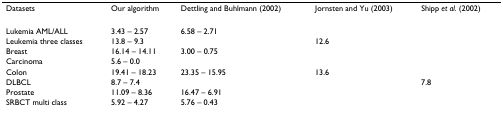
<table><thead><tr><td><b>Datasets</b></td><td><b>Our algorithm</b></td><td><b>Dettling and Buhlmann (2002)</b></td><td><b>Jornsten and Yu (2003)</b></td><td><b>Shipp <i>et al. </i>(2002)</b></td></tr></thead><tbody><tr><td>Lukemia AML/ALL</td><td>3.43 – 2.57</td><td>6.58 – 2.71</td><td></td><td></td></tr><tr><td>Leukemia three classes</td><td>13.8 – 9.3</td><td></td><td>12.6</td><td></td></tr><tr><td>Breast</td><td>16.14 – 14.11</td><td>3.00 – 0.75</td><td></td><td></td></tr><tr><td>Carcinoma</td><td>5.6 – 0.0</td><td></td><td></td><td></td></tr><tr><td>Colon</td><td>19.41 – 18.23</td><td>23.35 – 15.95</td><td>13.6</td><td></td></tr><tr><td>DLBCL</td><td>8.7 – 7.4</td><td></td><td></td><td>7.8</td></tr><tr><td>Prostate</td><td>11.09 – 8.36</td><td>16.47 – 6.91</td><td></td><td></td></tr><tr><td>SRBCT multi class</td><td>5.92 – 4.27</td><td>5.76 – 0.43</td><td></td><td></td></tr></tbody></table>